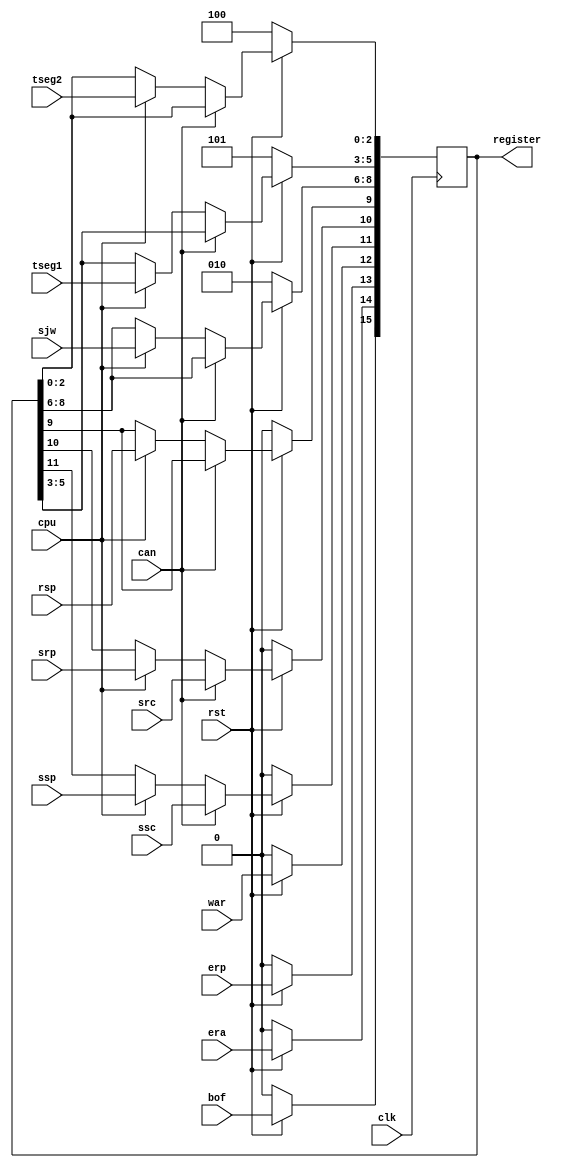
////////////////////////////////////////////////////////////////////////////////////////////////////
//
// Interessengruppe fuer Mikroelektronik und Eingebettete Systeme (IMES)
// Fachhochschule Dortmund
//
// Tool         : Mentor Graphics HDL Designer(TM) 2015.1b (Build 4)
// Description  : general register
// Commentary   : Changed port name reg to register during translation (VHDL). 
//
// Changelog:
// -------------------------------------------------------------------------------------------------
// Version | Author             | Date       | Changes
// -------------------------------------------------------------------------------------------------
// 0.9     | Leduc              | 22.05.2019 | created
// -------------------------------------------------------------------------------------------------
//
////////////////////////////////////////////////////////////////////////////////////////////////////

//`resetall
//`timescale 1ns/10ps
//`default_nettype none

module generalregister2(
        input wire clk,
        input wire rst,
        input wire cpu,   // CPU wuenscht Zugriff
        input wire can,   // controller wuenscht Zugriff
        input wire bof,   // bus off
        input wire era,   // error activ
        input wire erp,   // error passive
        input wire war,   // warning error count level
        input wire [2:0] sjw,
        input wire [2:0] tseg1,
        input wire [2:0] tseg2,
        input wire ssp,   // succesfull send processor
        input wire srp,   // succesfull received processor
        input wire ssc,   // succesfull send can
        input wire src,   // succesfull received can
        input wire rsp,   // reset/initialization processor
        output reg [15:0] register  // generalregister
);

always@(posedge clk)
begin
  if (rst == 1'b0) begin
    register <= 16'b0000000010101100;
    end
  else begin
    register[15]    <= bof;
    register[14]    <= era;
    register[13]    <= erp;
    register[12]    <= war;

    if (can == 1'b1) begin
      register[11]  <= ssc;
      register[10]  <= src;
      end
    else if (cpu == 1'b1) begin
      register[11]  <= ssp;
      register[10]  <= srp;
      register[ 9]  <= rsp;
      register[8:6] <= sjw;
      register[5:3] <= tseg1;
      register[2:0] <= tseg2;  
      end
    end
end   

endmodule